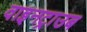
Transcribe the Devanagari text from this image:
वाइनट्राउब